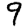
Digit: 9